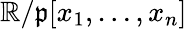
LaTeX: \mathbb{R}/{\mathfrak{{p}}}[x_{1},\dots,x_{n}]